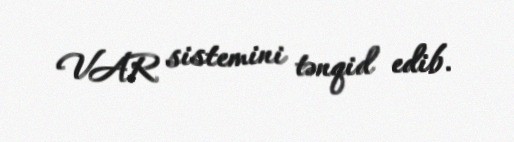
VAR sistemini tənqid edib.